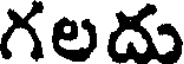
గలదు